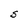
Character: S